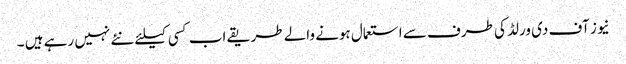
نیوز آف دی ورلڈ کی طرف سے استعمال ہونے والے طریقے اب کسی کیلئے نئے نہیں رہے ہیں ۔